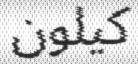
كيلون